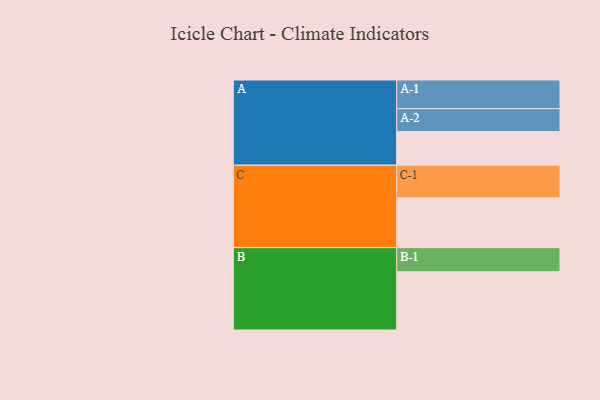
{"axis": {"x": "Segment", "y": "Value"}, "legend": ["", "A", "B", "C"], "data": [{"x": "A", "y": 303, "type": ""}, {"x": "B", "y": 525, "type": ""}, {"x": "C", "y": 449, "type": ""}, {"x": "A-1", "y": 259, "type": "A"}, {"x": "A-2", "y": 206, "type": "A"}, {"x": "B-1", "y": 217, "type": "B"}, {"x": "C-1", "y": 294, "type": "C"}]}